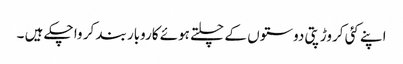
اپنے کئی کروڑپتی دوستوں کے چلتے ہوئے کاروبار بند کر وا چکے ہیں ۔